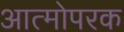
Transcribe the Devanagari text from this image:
आत्मोपरक